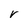
Character: V